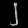
Digit: ၂